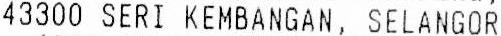
43300 SERI KEMBANGAN, SELANGOR